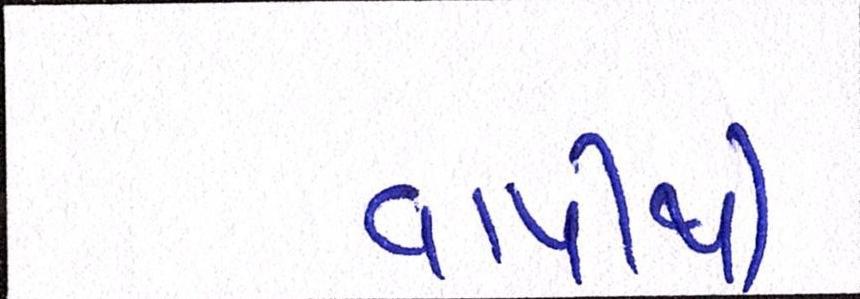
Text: વાપીથી